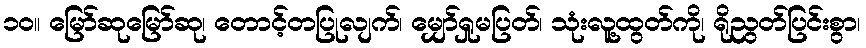
၁၀။ မြော်ဆုမြော်ဆု၊ တောင့်တပြုလျက်၊ မျှော်ရှုမပြတ်၊ သုံးလူ့ထွတ်ကို၊ ရိုညွတ်ပြင်းစွာ၊